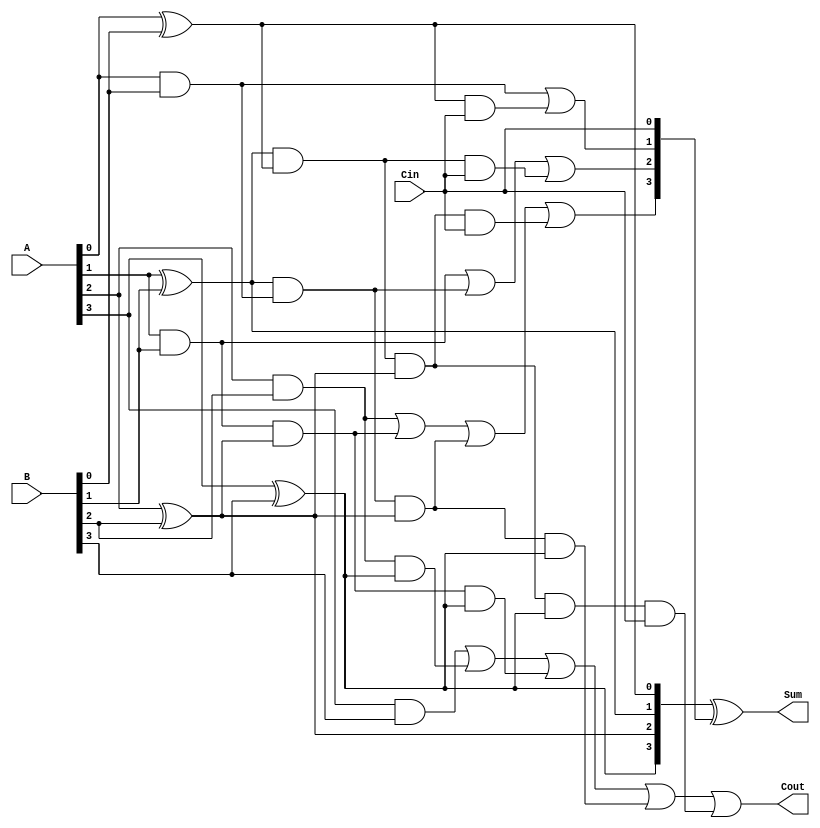
`timescale 1ns / 1ps
module four_bit_carry_lookahead_adder(A,B,Cin,Sum,Cout);

input [3:0] A,B;
input Cin;
output [3:0]Sum;
output Cout;

wire [3:0] G,P;
wire [3:0]C;

assign G[0] = A[0] & B[0];
assign G[1] = A[1] & B[1];
assign G[2] = A[2] & B[2];
assign G[3] = A[3] & B[3];

assign P[0] = A[0] ^ B[0];
assign P[1] = A[1] ^ B[1];
assign P[2] = A[2] ^ B[2];
assign P[3] = A[3] ^ B[3];

assign C[0] = Cin;

assign C[1] = G[0] | (P[0] & C[0]);

assign C[2] = G[1] | (P[1] & G[0]) | (P[1] & P[0] & C[0]);

assign C[3] = G[2] | (G[1] & P[2]) | (G[0] & P[1] & P[2]) | (P[0] & P[1] & P[2] & C[0]);

assign Cout = G[3] | (G[2] & P[3]) | (G[1] & P[2] & P[3]) | (G[0] & P[1] & P[2] & P[3]) | (P[0] & P[1] & P[2] & P[3] & C[0]);

assign Sum = P ^ C;

endmodule